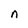
Character: n